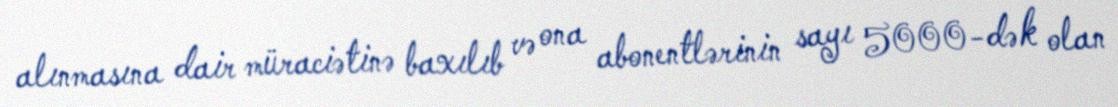
alınmasına dair müraciətinə baxılıb və ona abonentlərinin sayı 5000-dək olan